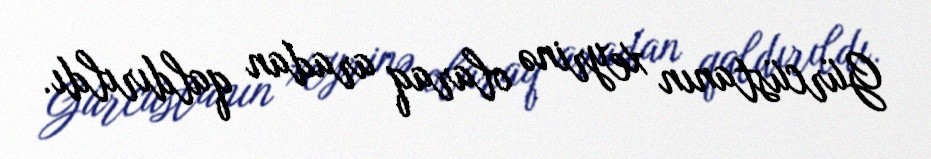
Gürcüstanın xeyrinə olaraq aradan qaldırıldı.